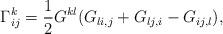
LaTeX: \begin{align*}\Gamma^k_{ij} = {1\over 2}G^{kl}(G_{li,j}+G_{lj,i}-G_{ij,l}),\end{align*}